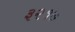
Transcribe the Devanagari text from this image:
३२१७